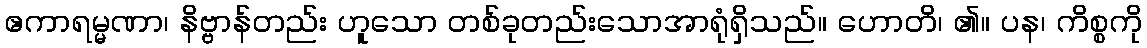
ဧကာရမ္မဏာ၊ နိဗ္ဗာန်တည်း ဟူသော တစ်ခုတည်းသောအာရုံရှိသည်။ ဟောတိ၊ ၏။ ပန၊ ကိစ္စကို